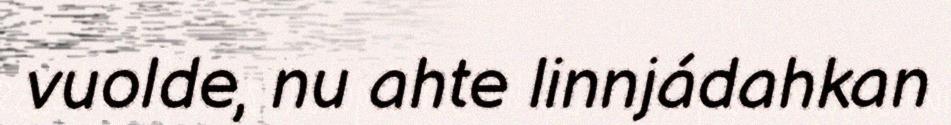
vuolde, nu ahte linnjádahkan